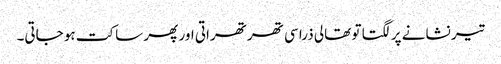
تیر نشانے پر لگتا تو تھالی ذرا سی تھرتھراتی اور پھر ساکت ہو جاتی۔